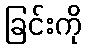
ခြင်းကို